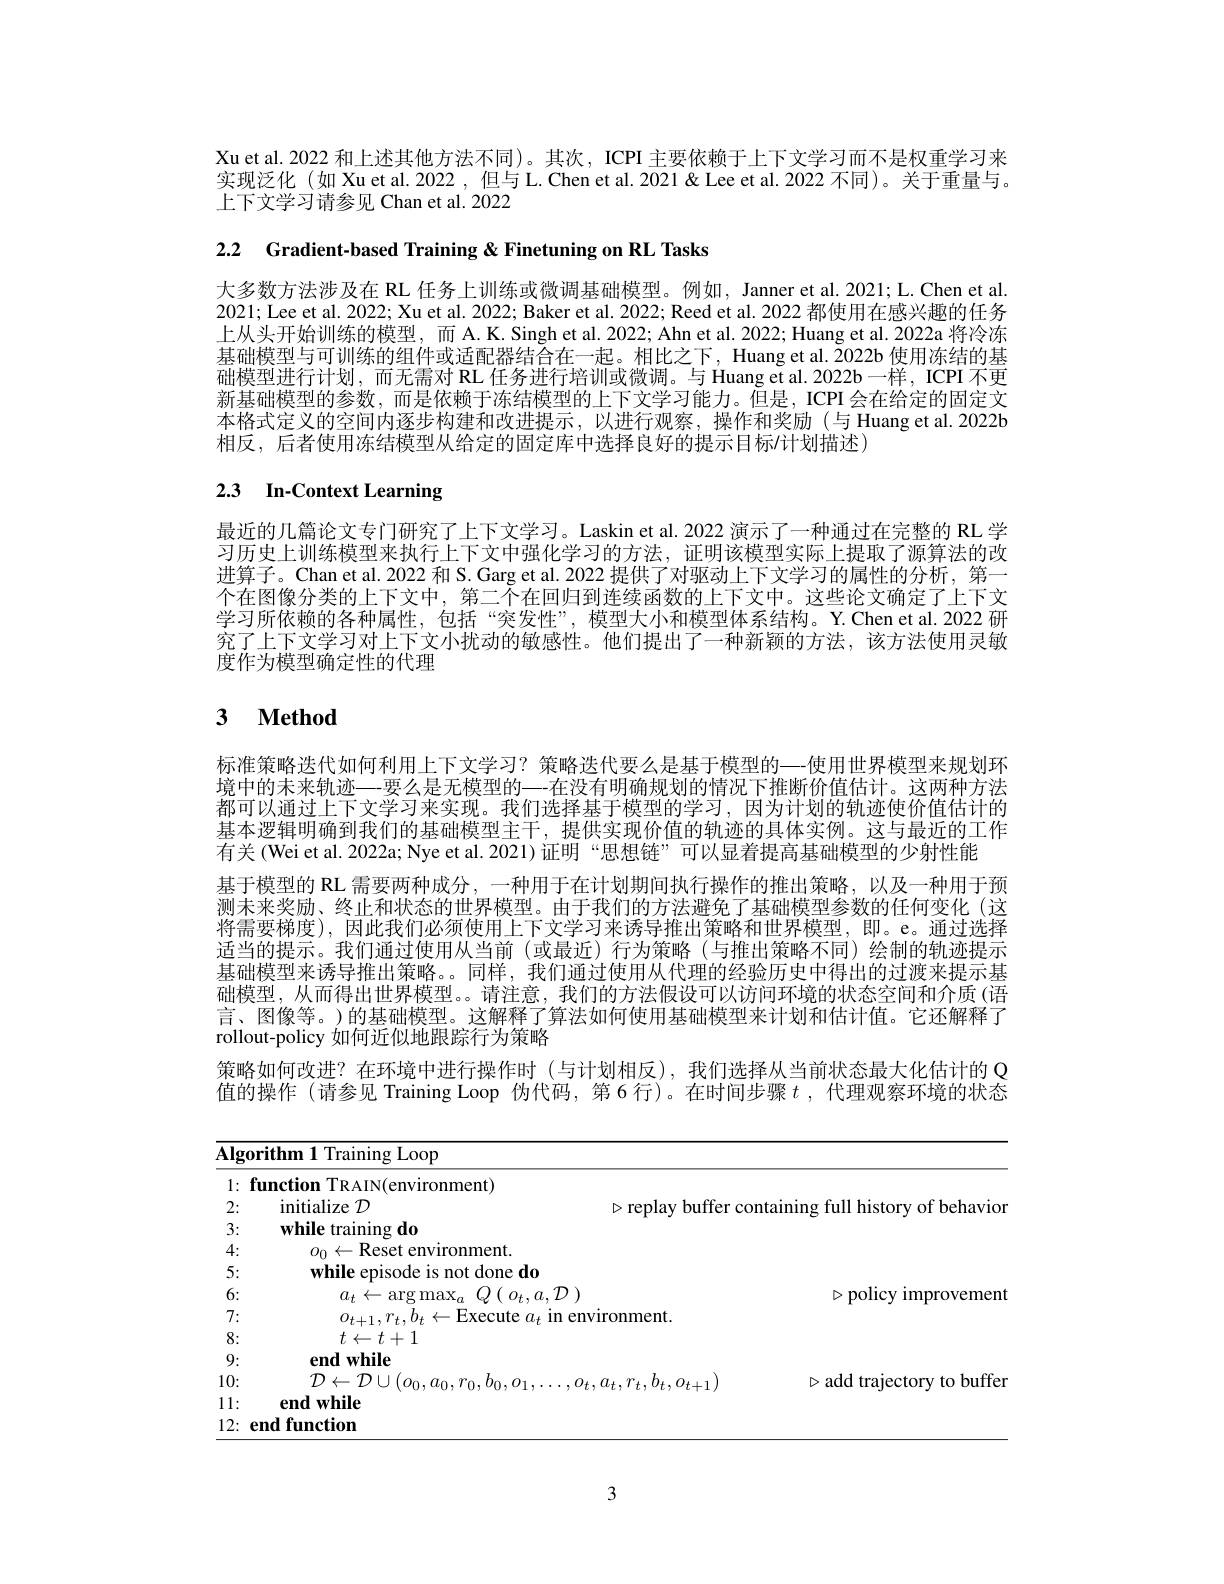
Xu et al. 2022 和上述其他方法不同)。其次，ICPI 主要依赖于上下文学习而不是权重学习来实现泛化 (如 Xu et al. 2022, 但与 L. Chen et al. 2021& Lee et al. 2022 不同)。关于重量与。上下文学习请参见 Chan et al. 2022

2.2 Gradient-based Training & Finetuning on RL Tasks

大多数方法涉及在 RL 任务上训练或微调基础模型。例如，Janner et al. 2021; L. Chen et al 2021; Lee et al. 2022; Xu et al. 2022; Baker et al. 2022; Reed et al. 2022 都使用在感兴趣的任务上从头开始训练的模型，而 A.K. Singh et al. 2022; Ahn et al. 2022; Huang et al. 2022a 将冷冻基础模型与可训练的组件或适配器结合在一起。相比之下，Huang et al. Ž022b 使用冻结的基础模型进行计划，而无需对 RL 任务进行培训或微调。与 Huang et al.2022b一样，ICPI 不更新基础模型的参数，而是依赖于冻结模型的上下文学习能力。但是，ICPI 会在给定的固定文本格式定义的空间内逐步构建和改进提示，以进行观察，操作和奖励(与 Huang et al.2022b 相反，后者便用冻结模型从给定的固定厍中选择艮好的提示目标$i$计划描述)

# 2.3 In-Context Learning

最近的几篇论文专门研究了上下文学习。Laskin et al. 2022 演示了一种通过在完整的 RL 学习历史上训练模型来执行上下文中强化学习的方法，证明该模型实际上提取了源算法的改进算子。Chan et al. 2022 和 S. Garg et al. 2022 提供了对驱动上下文学习的属性的分析，第一个在图像分类的上下文中，第二个在回归到连续函数的上下文中。这些论文确定了上下文学习所依赖的各种属性，包括“突发性”,模型大小和模型体系结构。Y.Chen et al.2022 研究了上下文学习对上下文小扰动的敏感性。他们提出了一种新颖的方法，该方法使用灵敏度作为模型确定性的代理

# 3 $\textbf{Method}$

标准策略迭代如何利用上下文学习？策略迭代要么是基于模型的—使用世界模型来规划环境中的未来轨迹一要么是无模型的一-在没有明确规划的情况下推断价值估计。这两种方法都可以通过上下文学习来实现。我们选择基于模型的学习，因为计划的轨迹使价值估计的基本逻辑明确到我们的基础模型主干，提供实现价值的轨迹的具体实例。这与最近的工作有关(Wei et al. 2022a; Nye et al. 2021) 证明“思想链”可以显着提高基础模型的少射性能
基于模型的 RL 需要两种成分 ,一种用于在计划期间执行操作的推出策略，以及一种用于预测未来奖励、终止和状态的世界模型。由于我们的方法避免了基础模型参数的任何变化(这将需要梯度),因此我们必须使用上下文学习来诱导推出策略和世界模型，即。e。通过选择适当的提示。我们通过使用从当前(或最近)行为策略(与推出策略不同)绘制的轨迹提示基础模型来诱导推出策略。。同样，我们通过使用从代理的经验历史中得出的过渡来提示基础模型，从而得出世界模型。。请注意，我们的方法假设可以访问环境的状态空间和介质(语) 言、图像等。)的基础模型。这解释了算法如何使用基础模型来计划和估计值。它还解释了rollout-policy 如何近似地跟踪行为策略
策略如何改进？在环境中进行操作时(与计划相反),我们选择从当前状态最大化估计的 Q 值的操作(请参见 Training Loop 伪代码，第 6 行)。在时间步骤$t$ ,代理观察环境的状态

<table>
	<tbody>
		<tr>
			<td>$\overline{\mathbf{Alg}}$</td>
			<td>gorithm 1 Training Loop</td>
			<td> </td>
		</tr>
		<tr>
			<td>1: · </td>
			<td>function TRAIN(environment)</td>
			<td> </td>
		</tr>
		<tr>
			<td>2:</td>
			<td>initialize $\mathcal{D}$</td>
			<td>tainino full E hist T M  of behavior</td>
		</tr>
		<tr>
			<td>3:</td>
			<td>while training do</td>
			<td> </td>
		</tr>
		<tr>
			<td>4:</td>
			<td>$o_{0}\leftarrow$Reset environment.</td>
			<td> </td>
		</tr>
		<tr>
			<td>5:</td>
			<td>while episode is not done do</td>
			<td> </td>
		</tr>
		<tr>
			<td>6:</td>
			<td>$Q\left(\:o_{t},a,\mathcal{D}\:\right)$ $a_{t}\leftarrow\operatorname{arg}\operatorname*{max}_{a}$</td>
			<td>$\triangleright$policy improvement</td>
		</tr>
		<tr>
			<td>7:</td>
			<td>$t,b_{t}\leftarrow$Execute $a_{t}$ 1111 $\gamma_{1}$ +in en</td>
			<td> </td>
		</tr>
		<tr>
			<td>8: 1</td>
			<td>$t\leftarrow t+1$</td>
			<td> </td>
		</tr>
		<tr>
			<td>9: 1. 1 1 1 </td>
			<td>endwhile</td>
			<td> </td>
		</tr>
		<tr>
			<td>10:</td>
			<td>$\mathcal{D}\leftarrow\mathcal{D}\cup(o_{0}$,</td>
			<td>$\triangleright$add trajectory to buffer</td>
		</tr>
		<tr>
			<td>1 11:</td>
			<td>$\mathbf{endwhile}$</td>
			<td> </td>
		</tr>
		<tr>
			<td>12:</td>
			<td>end function</td>
			<td> </td>
		</tr>
	</tbody>
</table>

3